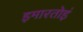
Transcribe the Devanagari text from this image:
इमारतोइं